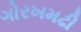
ગોરખમઢી